Report of the Indian Hemp Drugs Commission, 1894-1895 - Volume I
Year: 1894
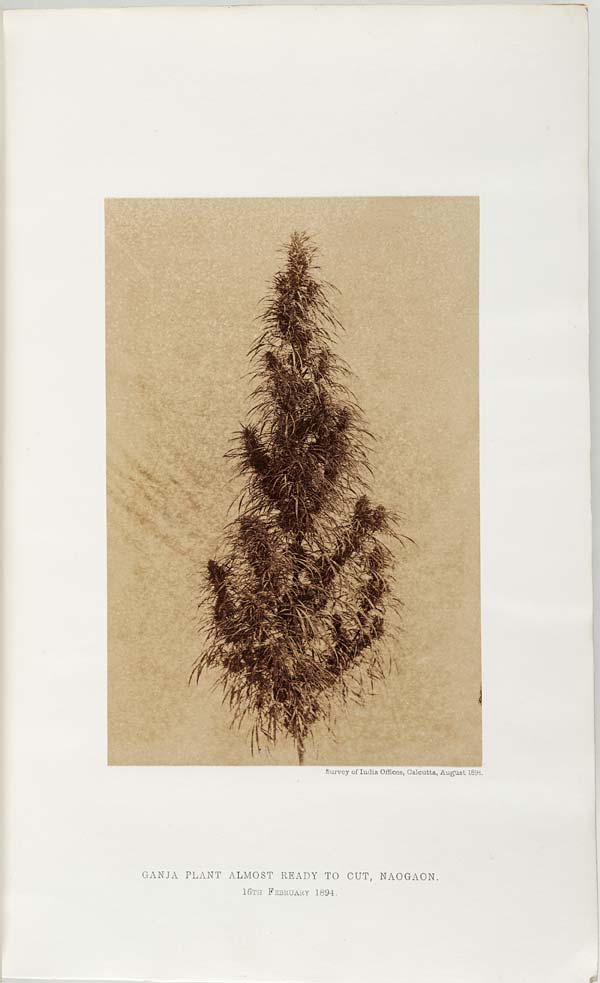
Survey of India Offices, Calcutta, August 1894.
GANJA PLANT ALMOST READY TO CUT, NAOGAON.
16TH
FEBRUARY
1894.